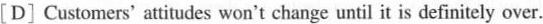
[D] Customers’attitudes won't change until it is definitely over.